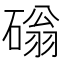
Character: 𥕀